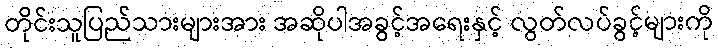
တိုင်းသူပြည်သားများအား အဆိုပါအခွင့်အရေးနှင့် လွတ်လပ်ခွင့်များကို